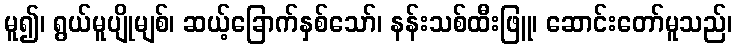
မူ၍၊ ရွယ်မူပျိုမျစ်၊ ဆယ့်ခြောက်နှစ်သော်၊ နန်းသစ်ထီးဖြူ၊ ဆောင်းတော်မူသည်၊